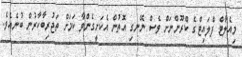
މިއެލާޓް ފްލައިޓްގެ ކްރޫންނަށް ވެސް ނޭނގި އޮތުން އެކަށީގެންވާ ކަމަށް ތަޖުރިބާކާރުން ބުނެއެވެ.